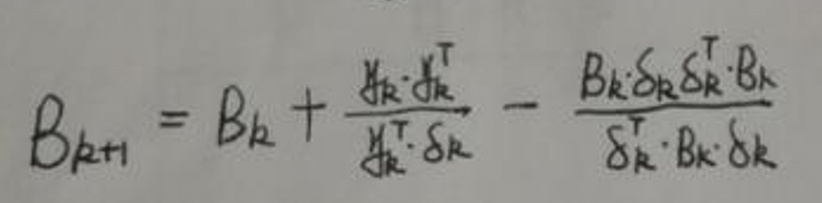
\[ B_{k+1} = B_k + \frac{y_k y_k^T}{y_k^T \delta_k} - \frac{B_k \delta_k \delta_k^T B_k}{\delta_k^T B_k \delta_k} \]